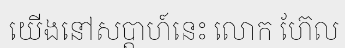
យើងនៅសប្តាហ៍នេះ លោក ហ៊ែល